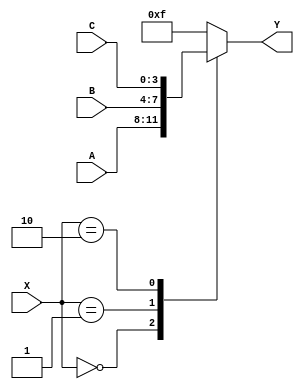
module X_based_case_statement(
    input wire [2:0] X,
    input wire [3:0] A,
    input wire [3:0] B,
    input wire [3:0] C,
    output reg [3:0] Y
);

always @(*) begin
    case(X)
        3'b000: Y = A;
        3'b001: Y = B;
        3'b010: Y = C;
        default: Y = 4'b1111; // default case
    endcase
end

endmodule